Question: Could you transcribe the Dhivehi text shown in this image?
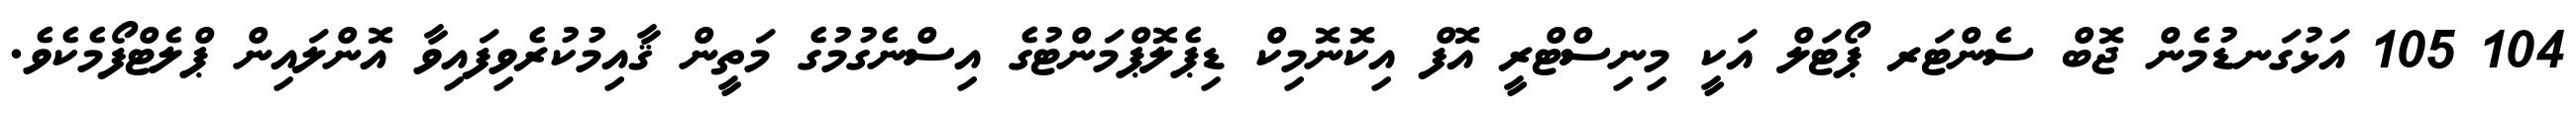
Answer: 104 105 އަޅުގަނޑުމެން ޖޮބް ސެންޓަރ ޕޯޓަލް އަކީ މިނިސްޓްރީ އޮފް އިކޮނޮމިކް ޑިޕެލޮޕްމަންޓުގެ އިސްނެގުމުގެ މަތީން ޤާއިމުކުރެވިފައިވާ އޮންލައިން ޕްލެޓްފޯމެކެވެ.